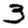
Digit: 3